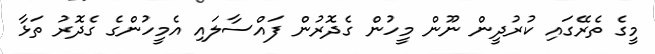
މީގެ ތެރޭގައި ކުރުދީން ނޫން މީހުން ގެދޮރުން ފައްސާލައި އެމީހުންގެ ގެދޮރު ތަޅާ